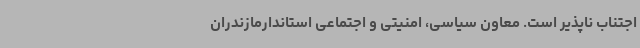
اجتناب ناپذیر است. معاون سیاسی، امنیتی و اجتماعی استاندارمازندران